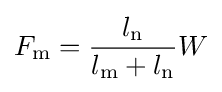
F_{\text{m}}={\frac {l_{\text{n}}}{l_{\text{m}}+l_{\text{n}}}}W